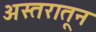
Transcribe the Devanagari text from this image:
अस्तरातून